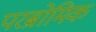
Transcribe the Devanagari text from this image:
परब्रोमिक